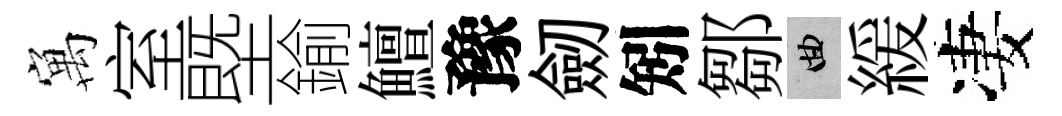
寓室塈鍮鱣豫劒矧鄒曲緩凄